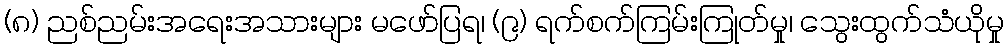
(၈) ညစ်ညမ်းအရေးအသားများ မဖော်ပြရ၊ (၉) ရက်စက်ကြမ်းကြုတ်မှု၊ သွေးထွက်သံယိုမှု